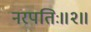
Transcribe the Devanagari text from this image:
नरपतिः॥२॥